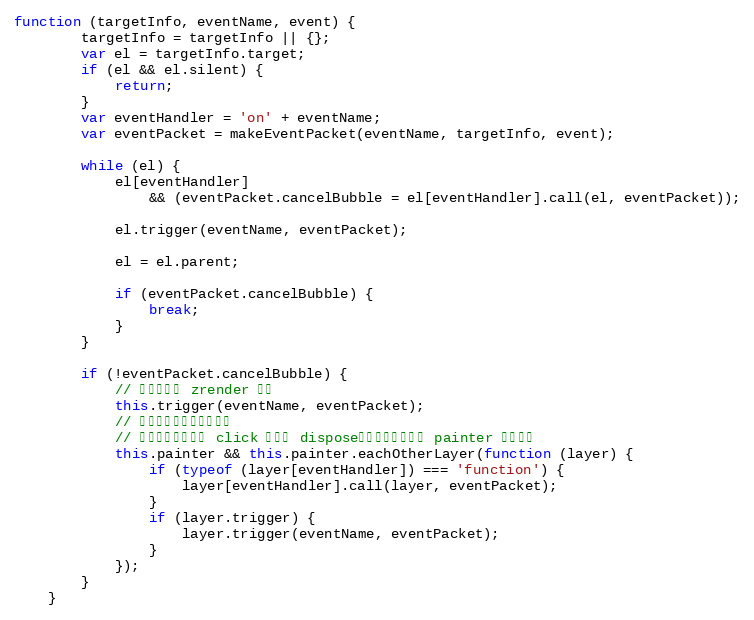
Language: JavaScript
function (targetInfo, eventName, event) {
        targetInfo = targetInfo || {};
        var el = targetInfo.target;
        if (el && el.silent) {
            return;
        }
        var eventHandler = 'on' + eventName;
        var eventPacket = makeEventPacket(eventName, targetInfo, event);

        while (el) {
            el[eventHandler]
                && (eventPacket.cancelBubble = el[eventHandler].call(el, eventPacket));

            el.trigger(eventName, eventPacket);

            el = el.parent;

            if (eventPacket.cancelBubble) {
                break;
            }
        }

        if (!eventPacket.cancelBubble) {
            // 冒泡到顶级 zrender 对象
            this.trigger(eventName, eventPacket);
            // 分发事件到用户自定义层
            // 用户有可能在全局 click 事件中 dispose，所以需要判断下 painter 是否存在
            this.painter && this.painter.eachOtherLayer(function (layer) {
                if (typeof (layer[eventHandler]) === 'function') {
                    layer[eventHandler].call(layer, eventPacket);
                }
                if (layer.trigger) {
                    layer.trigger(eventName, eventPacket);
                }
            });
        }
    }